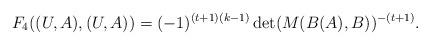
LaTeX: \begin{align*}F_{4}((U,A),(U,A)) = (-1)^{(t+1)(k-1)} \det(M(B(A),B))^{-(t+1)}.\end{align*}